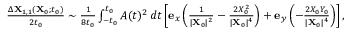
\begin{array} { r } { \frac { \Delta \mathbf { X } _ { 1 , 1 } ( \mathbf { X } _ { 0 } ; t _ { 0 } ) } { 2 t _ { 0 } } \sim \frac { 1 } { 8 t _ { 0 } } \int _ { - t _ { 0 } } ^ { t _ { 0 } } A ( t ) ^ { 2 } \, d t \left[ \mathbf { e } _ { x } \left( \frac { 1 } { \vert \mathbf { X } _ { 0 } \vert ^ { 2 } } - \frac { 2 X _ { 0 } ^ { 2 } } { \vert \mathbf { X } _ { 0 } \vert ^ { 4 } } \right) + \mathbf { e } _ { y } \left( - \frac { 2 X _ { 0 } Y _ { 0 } } { \vert \mathbf { X } _ { 0 } \vert ^ { 4 } } \right) \right] , } \end{array}